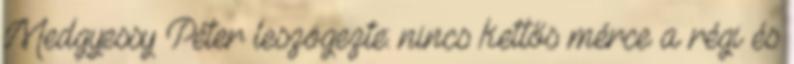
Medgyessy Péter leszögezte: nincs kettős mérce a régi és